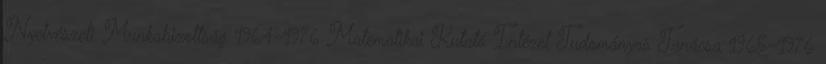
Nyelvészeti Munkabizottság 1964–1976 Matematikai Kutató Intézet Tudományos Tanácsa 1965–1976